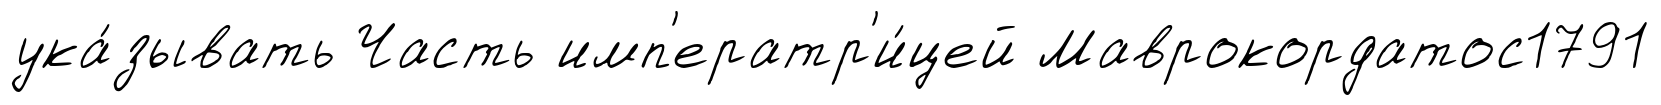
ука́зывать Часть имп'ератр'и́цей Маврокордатос1791